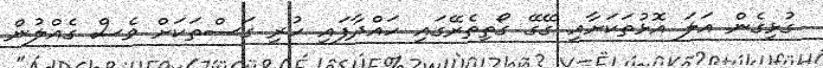
ގުޅިގެން އަލަ އޮޅުތަކަށާއި ގޭގޭ ގޯތިތެރޭގައި ހައްދާފައި ހުރި ގަސްތަކަށް ވެސް ގެއްލުން